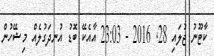
ކާޓޫނު ޖުލައި 28